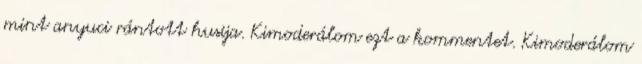
mint anyuci rántott husija. Kimoderálom ezt a kommentet. Kimoderálom